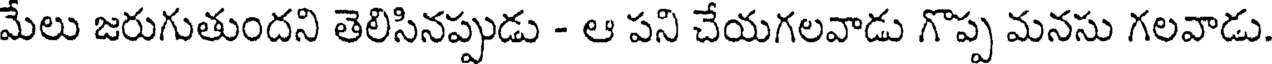
మేలు జరుగుతుందని తెలిసినప్పుడు - ఆ పని చేయగలవాడు గొప్ప మనసు గలవాడు.